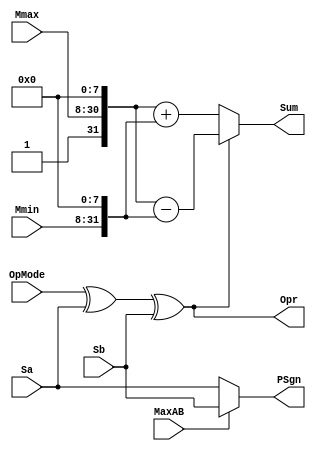
`timescale 1ns / 1ps

//////////////////////////////////////////////////////////////////////////////////
//
// Module Name:    FPAddSub_ExecutionModule 
// Project Name: 	 Floating Point Project
//
// Description:	 Module that executes the addition or subtraction on mantissas.
//
//////////////////////////////////////////////////////////////////////////////////

module FPAddSub_ExecutionModule(
		Mmax,
		Mmin,
		Sa,
		Sb,
		MaxAB,
		OpMode,
		Sum,
		PSgn,
		Opr
    );

	// Input ports
	input [22:0] Mmax ;					// The larger mantissa
	input [23:0] Mmin ;					// The smaller mantissa
	input Sa ;								// Sign bit of larger number
	input Sb ;								// Sign bit of smaller number
	input MaxAB ;							// Indicates the larger number (0/A, 1/B)
	input OpMode ;							// Operation to be performed (0/Add, 1/Sub)
	
	// Output ports
	output [32:0] Sum ;					// The result of the operation
	output PSgn ;							// The sign for the result
	output Opr ;							// The effective (performed) operation

	assign Opr = (OpMode^Sa^Sb); 		// Resolve sign to determine operation

	// Perform effective operation
	assign Sum = (OpMode^Sa^Sb) ? ({1'b1, Mmax, 8'b00000000} - {Mmin, 8'b00000000}) : ({1'b1, Mmax, 8'b00000000} + {Mmin, 8'b00000000}) ;
	
	// Assign result sign
	assign PSgn = (MaxAB ? Sb : Sa) ;

endmodule